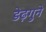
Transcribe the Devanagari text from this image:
डेढ़गुने